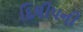
દિલીપની